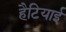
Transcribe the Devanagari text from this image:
हैटियाई